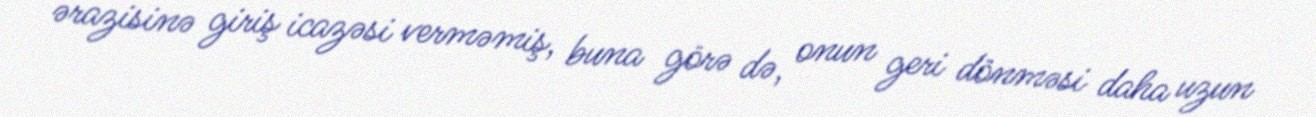
ərazisinə giriş icazəsi verməmiş, buna görə də, onun geri dönməsi daha uzun